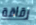
رقاقة